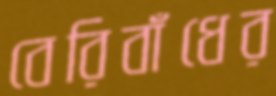
বেরিবাঁধের